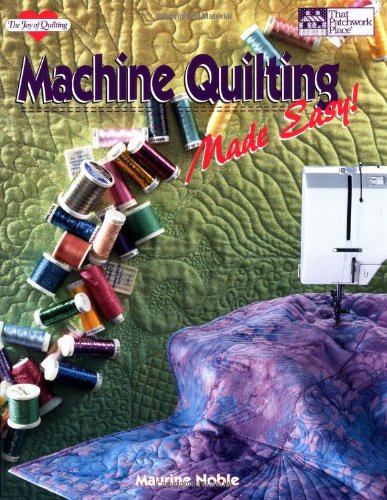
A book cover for Machine Quilting Made Easy! (The Joy of Quilting); Maurine Noble; Crafts, Hobbies & Home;